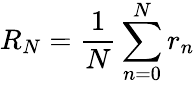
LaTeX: R_{N}=\frac{1}{N}\sum_{n=0}^{N}r_{n}